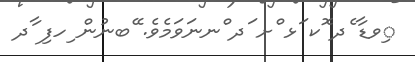
ިވޑާ ެދ ޮކ ަޅ ްށ ަދ ްނނަވަމެވެ. ޭބނުން ިހފި ާދ